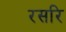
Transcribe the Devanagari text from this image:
रसरि